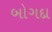
બોગદા